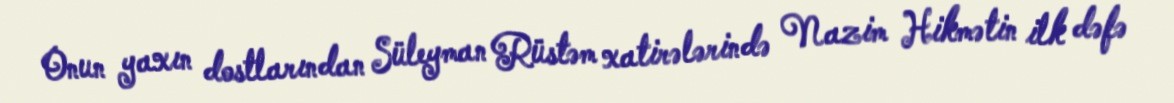
Onun yaxın dostlarından Süleyman Rüstəm xatirələrində Nazim Hikmətin ilk dəfə